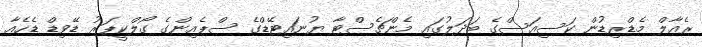
ރެއާލް މެޑްރިޑުން ކަސިއަސްގެ ބަދަލުގައި މެންޗެސްޓާ ޔުނައިޓޭޑްގެ ސްޕެއިންގެ ގޯލްކީޕަރު ޑޭވިޑް ޑެހެއާ